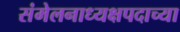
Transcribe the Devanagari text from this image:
संमेलनाध्यक्षपदाच्या